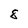
Character: 8